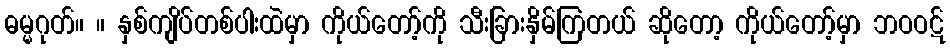
ဓမ္မဂုတ်။ ။ နှစ်ကျိပ်တစ်ပါးထဲမှာ ကိုယ်တော့်ကို သီးခြားနှိမ်ကြတယ် ဆိုတော့ ကိုယ်တော့်မှာ ဘဝဝဋ်